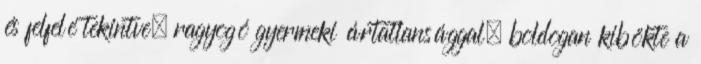
és felfelé tekintve, ragyogó gyermeki ártatlansággal, boldogan kibökte a